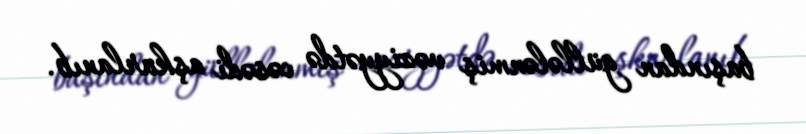
başından güllələnmiş vəziyyətdə cəsədi aşkarlanıb.